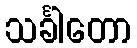
သင်္ခါတော